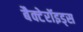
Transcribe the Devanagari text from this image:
बैक्टेरॉइड्स